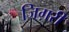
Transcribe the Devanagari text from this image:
जिग़री